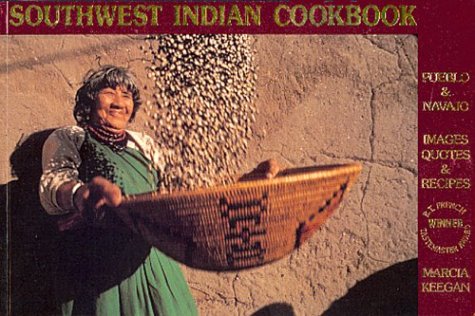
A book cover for Southwest Indian Cookbook; Marcia Keegan; Cookbooks, Food & Wine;